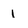
Character: I